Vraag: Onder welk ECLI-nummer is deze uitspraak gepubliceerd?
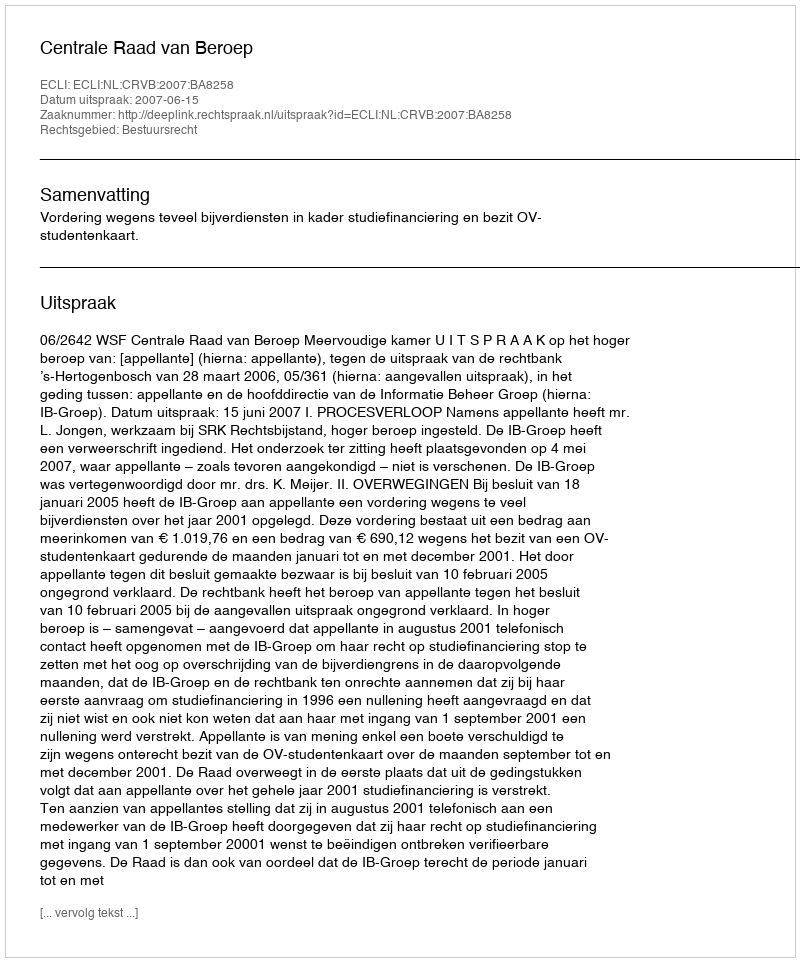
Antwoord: ECLI:NL:CRVB:2007:BA8258